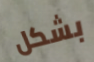
بشكل